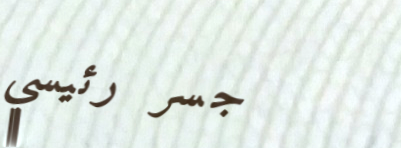
جسر رئيسي